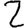
Digit: 2